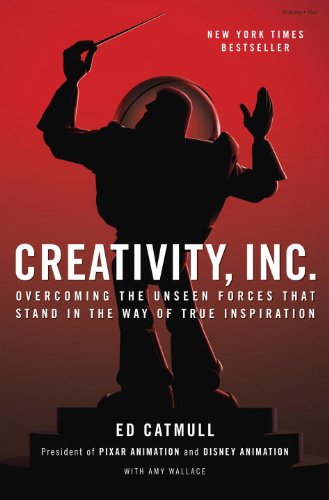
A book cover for Creativity, Inc.: Overcoming the Unseen Forces That Stand in the Way of True Inspiration; Ed Catmull; Humor & Entertainment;